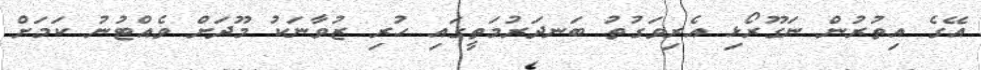
އޭގެ އިތުރުން ނަގޫރޯޅި އެރިވަގުތު ބަނދަރުމަތީގައި ހުރި ޒުވާނަކު މޫދަށް ވެއްޓުނު ކަމަށް